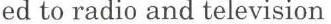
ed to radio and television